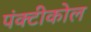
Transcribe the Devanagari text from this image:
पंक्टीकोल